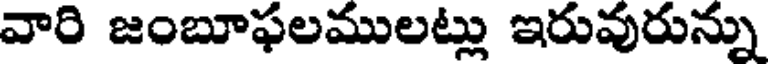
వారి జంబూఫలములట్లు ఇరువురున్ను